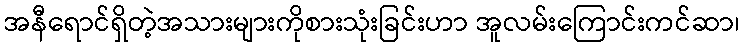
အနီရောင်ရှိတဲ့အသားများကိုစားသုံးခြင်းဟာ အူလမ်းကြောင်းကင်ဆာ၊